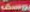
يوسف